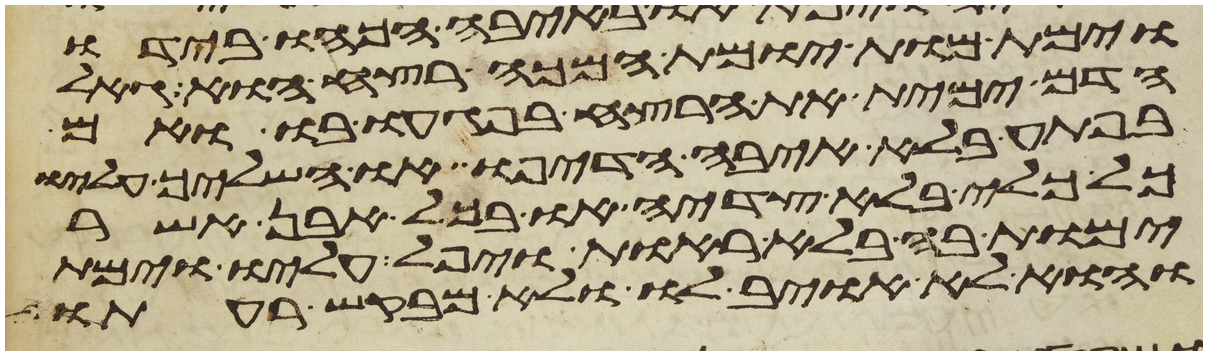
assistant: וימת מות יומת המכה רצח הוא גאל
הדם ימית את הרצח בפגעו בו ואם
בפתע בלא איבה הדיפו או השליך עליו
כל כלי בלא צדיה או בכל אבן אשר
ימות בה בלא ראות ויפל עליו וימת
והוא לא אויב לו ולא מבקש רעתו